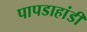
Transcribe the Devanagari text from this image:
पापडाहांडी